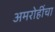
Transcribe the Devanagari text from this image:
अमरोहींचा